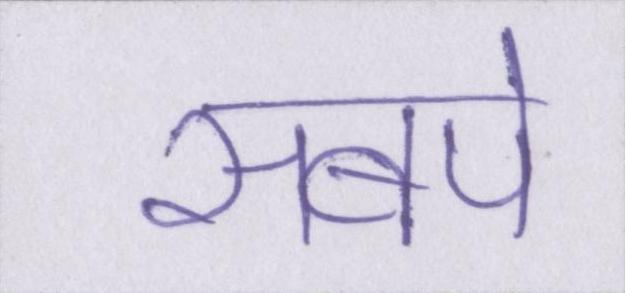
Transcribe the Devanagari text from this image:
सबपे